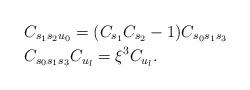
LaTeX: \begin{align*}&C_{s_1s_2u_0}=(C_{s_1}C_{s_2}-1)C_{s_0s_1s_3}\\&C_{s_0s_1s_3}C_{u_l}=\xi^3C_{u_l}.\end{align*}